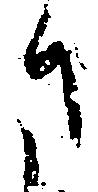
ま